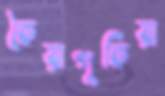
কৈয়াপুকিয়া